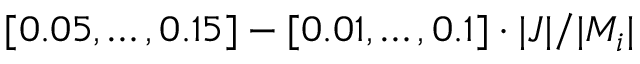
[ 0 . 0 5 , \dots , 0 . 1 5 ] - [ 0 . 0 1 , \dots , 0 . 1 ] \cdot | J | / | M _ { i } |